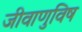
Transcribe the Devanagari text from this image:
जीवाणुविष